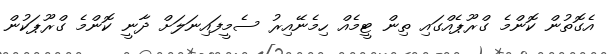
އެގޮތުން ކޮންމެ ގްރޫޕެއްގައި ތިން ޓީމެއް ހިމެނޭއިރު ސެމީފައިނަލަށް ދާނީ ކޮންމެ ގްރޫޕަކުން